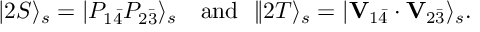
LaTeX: | 2 S \rangle _ { s } = | P _ { 1 \bar { 4 } } P _ { 2 \bar { 3 } } \rangle _ { s } \ \ \ \mathrm { a n d } \ \ \| 2 T \rangle _ { s } = | { \bf V } _ { 1 \bar { 4 } } \cdot { \bf V } _ { 2 \bar { 3 } } \rangle _ { s } .